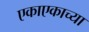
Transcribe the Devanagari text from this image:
एकाएकाच्या